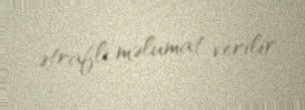
ətraflı məlumat verilir.